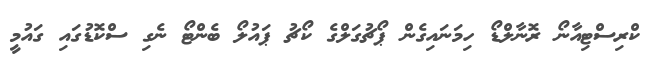
ކްރިސްޓިއާނޯ ރޮނާލްޑޯ ހިމަނައިގެން ޕޯޗުގަލްގެ ކޯޗު ޕައުލޯ ބެންޓޯ ނެގި ސްކޮޑުގައި ގައުމީ